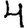
Digit: 4